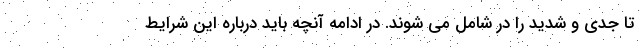
تا جدی و شدید را در شامل می شوند. در ادامه آنچه باید درباره این شرایط